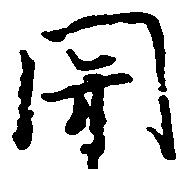
関